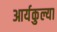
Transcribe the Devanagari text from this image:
आर्यकुल्या